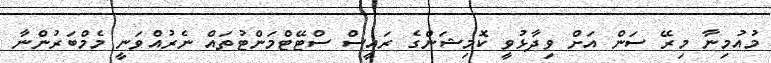
މުއުމިނާ މިރޭ ސަން އަށް ވިދާޅުވީ ކޮމިޝަންގެ ރައީސް ސްޓޭޓްމަންޓުތައް ނެރުއްވަނީ މެމްބަރުންނާ